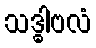
သဒ္ဓါဗလံ